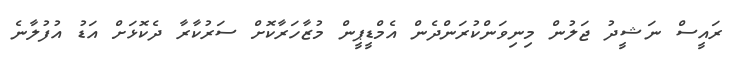
ރައީސް ނަޝީދު ޖަލުން މިނިވަންކުރަންދެން އެމްޑީޕީން މުޒާހަރާކޮށް ސަރުކާރާ ދެކޮޅަށް އަޑު އުފުލާނެ